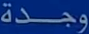
وجدة